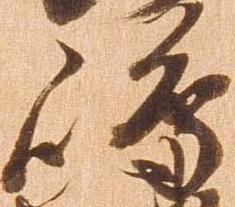
嶋